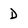
Character: D